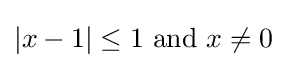
\vert x-1\vert \leq 1{\text{ and }}x\neq 0